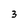
Character: 3